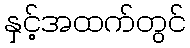
နှင့်အထက်တွင်